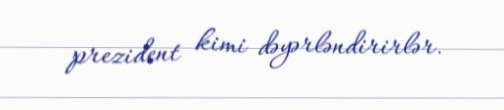
prezident kimi dəyərləndirirlər.